Uue-Poltsamaa_vallakohus, lk 65
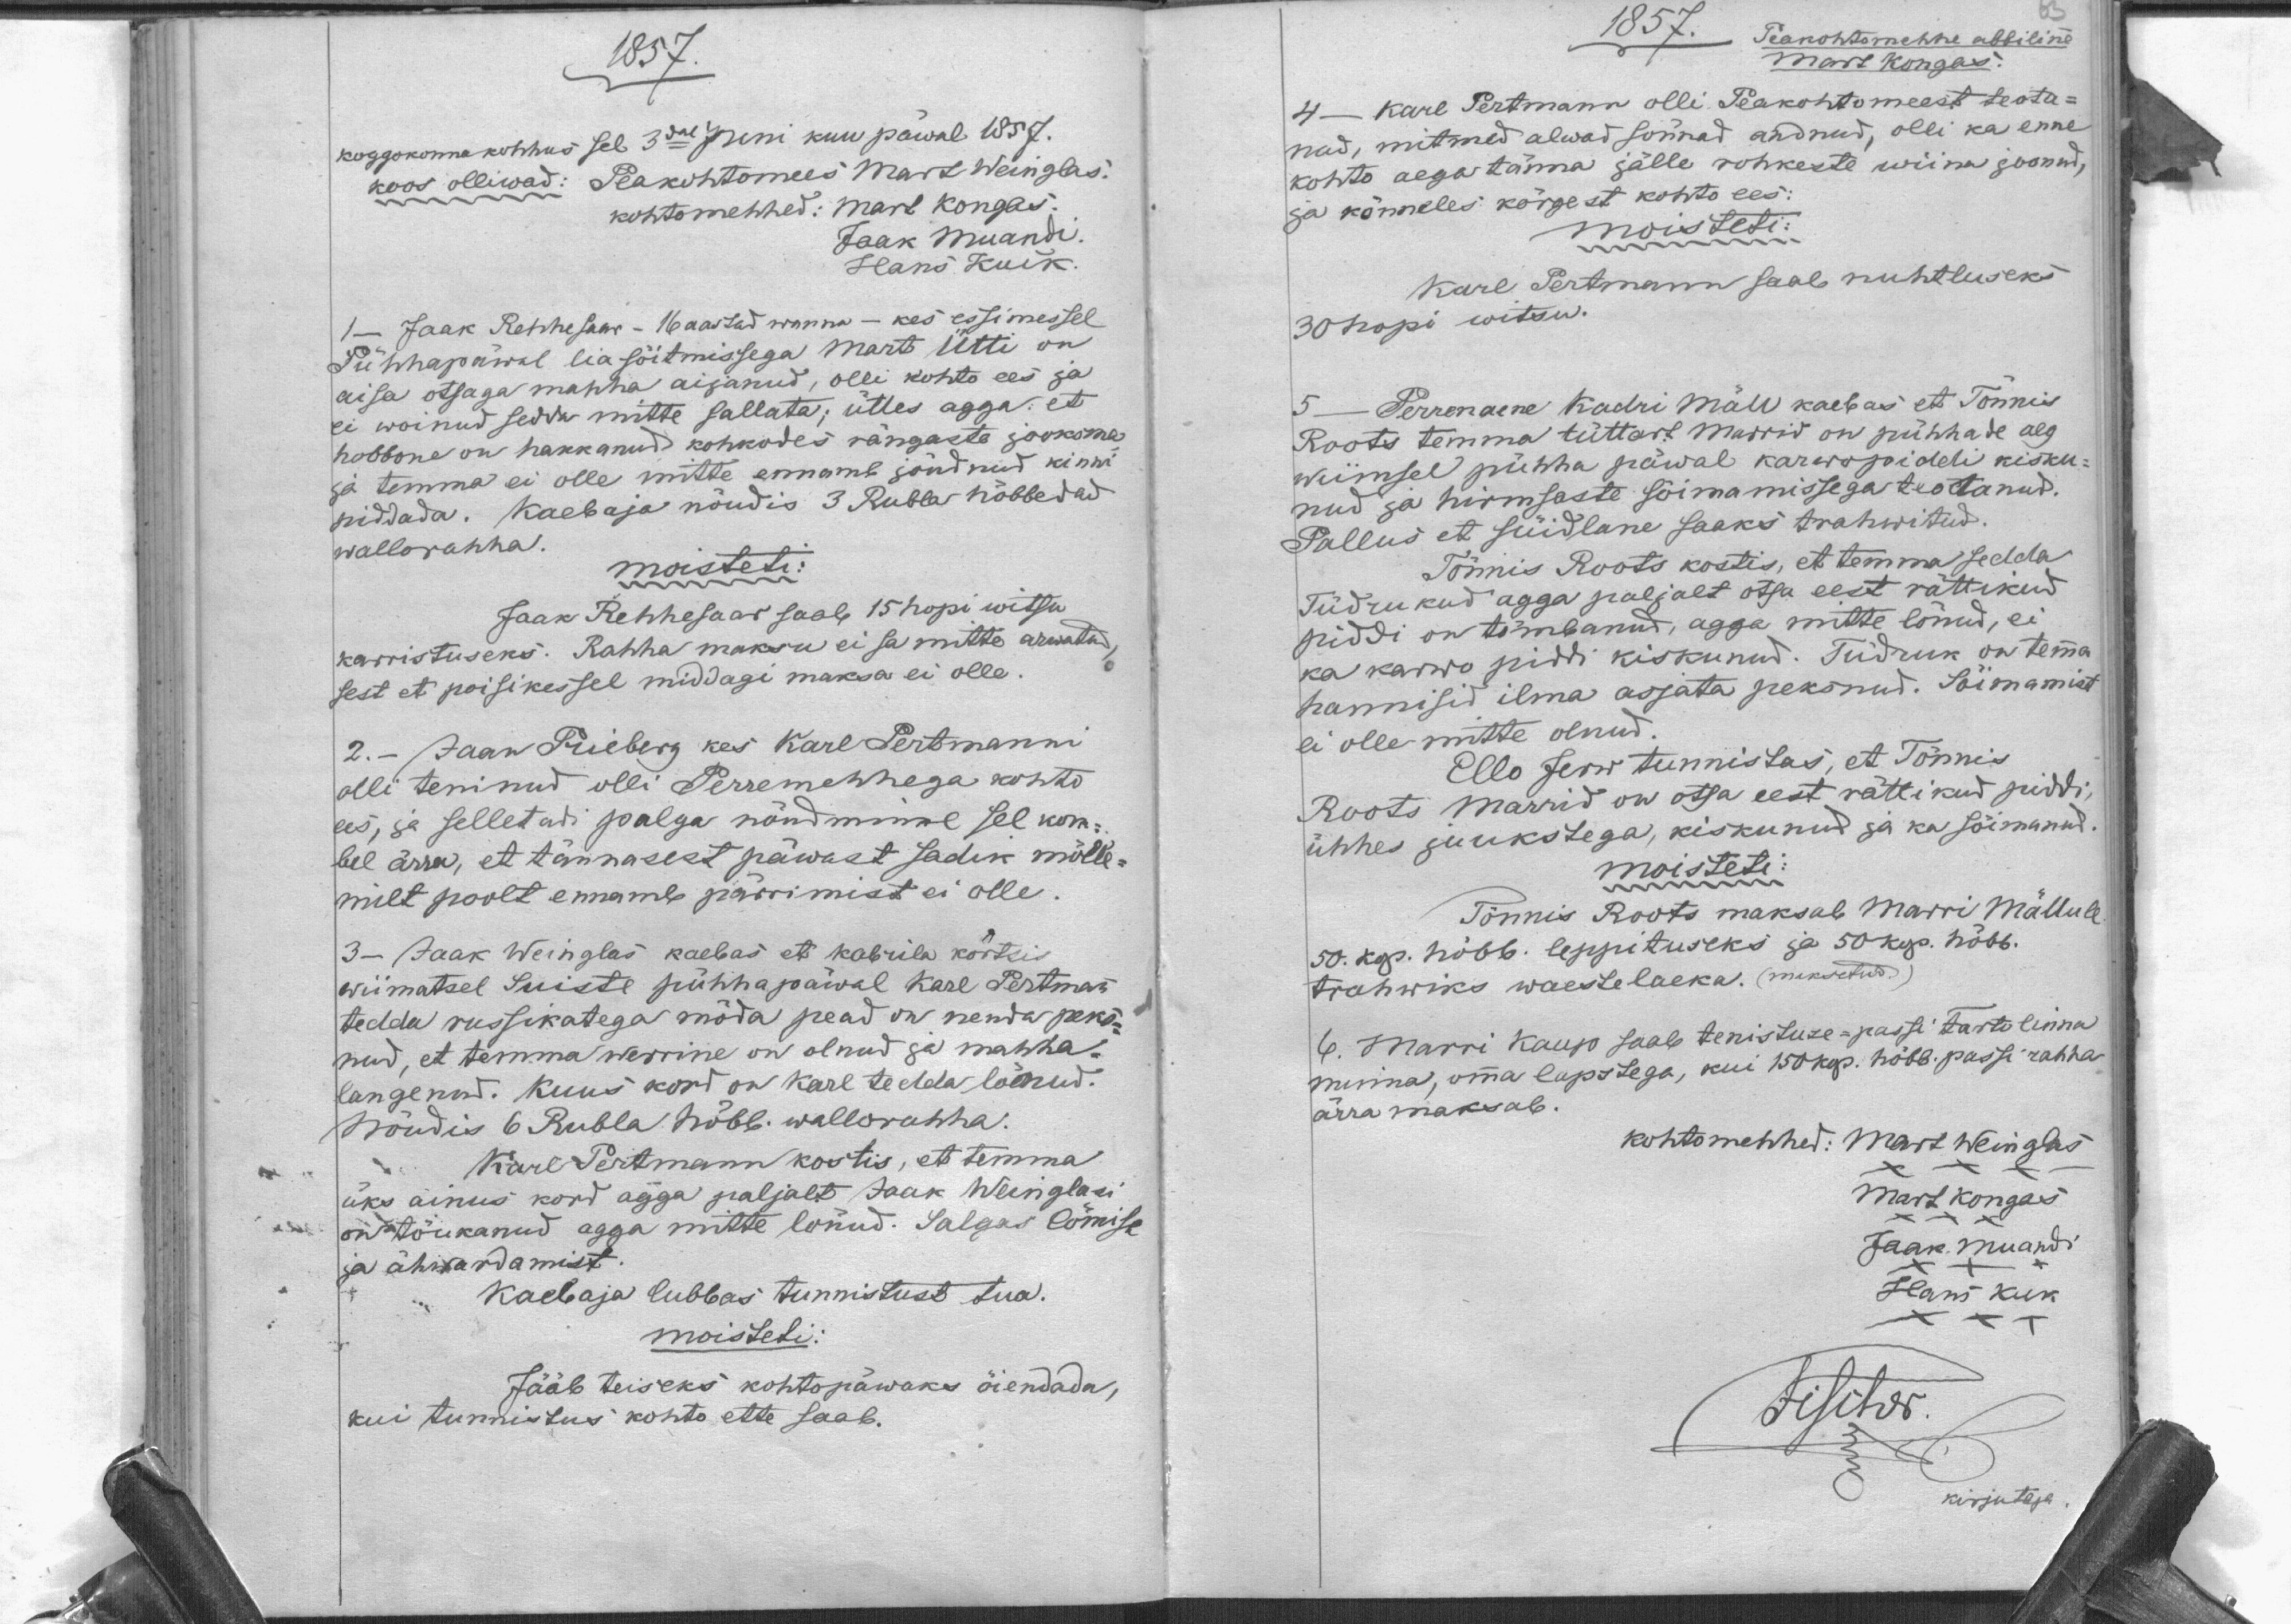
1857.
koggokonna kohhus sel 3dal Juni kuu päwal 1857.
koos olliwad: Peakohtomees Mart Weinglas.
kohtomehhed: Mart Kongas.
Jaak Muandi.
Hans Kuik
1 - Jaak Rehhesaar - 16 aastad wanna - kes essimessel
Pühhapäwal lia sõitmissega Mart Ütti on
aisa otsaga mahha aijanud, olli kohto ees ja
ei woinud sedda mitte sallata, ütles agga et
hobbone on hakkanud kohkodes rängaste jooksma
ja temma ei olle mitte ennamb jõudnud kinni
piddada. Kaebaja nõudis 3 Rubla hõbbedad
wallorahha.
moisteti:
Jaak Rehhesaar saab 15 hopi witsu
karristuseks. Rahha maksu ei sa mitte arwata
sest et poisikessel middagi maksa ei olle.
2.- Jaan Piieberg kes Karl Pertmanni
olli teninud olli Perremehhega kohto
ees, ja selletadi palga nõudmine sel kom-
bel ärra, et tännasest päwast sadik mõlle-
mile poolt ennamb pärrimist ei olle.
3- Jaak Weinglas kaebas et kabrila kõrtsis
wiimatsel suiste pühhapäwal Karl Pertmann
tedda russikatega möda pead on nenda peks-
nud, et temma werrine on olnud ja mahha-
langenud. Kuus kord on Karl tedda lõenud.
Nõudis 6 Rubla. hõbb. wallorahha.
Karl Pertmann kostis, et temma
üks ainus kord agga paljalt Jaak Weinglasi
on tõukanud agga mitte lõnud. Salgas lõmist
ja ähwardamist.
Kaebaja lubbas tunnistust tua.
moisteti:
Jääb teiseks kohtopäwaks õiendada,
kui tunnistus kohto ette saab.

1857.
Peakohtomehhe abbiline
Mart Kongas.
4- Karl Pertmann olli Peakohtomeest teota-
nud, mitmed alwad sõnnad andnud, olli ka enne
kohto aega tänna jälle rohkeste wiina joonud,
ja kõnneles kõrgest kohto ees
moisteti:
Karl Pertmann saab nuhtluseks
30 hopi witsu.
Perrenaene Kadri Mäll kaebas et Tönnis
5
Roots temma tüttart Marrid on pühhade aeg
wiimsel pühha päwal karwopiddi kisku-
nud ja hirmsaste sõimamissega teotanud.
Pallus et süidlane saaks trahwitud.
Tönnis Roots kostis, et temma sedda
Tüdrukud agga paljalt otsa eest rättikud
piddi on tõmbanud agga mitte lönud, ei
ka karwo piddi kiskunud. Tüdruk on temma
hannisid ilma asjata peksnud. Sõimamist
ei olle mitte olnud.
Ello Jerw tunnistas, et Tönnis
Roots Marrid on otsa eest rättikud piddi
ühhes juukstega, kiskunud ja ka sõimanud.
moisteti:
Tönnis Roots maksab Marri Mällule
50. kop. hõbb. leppituseks ja 50 kop. hõbb.
Trahwiks waestelaeka. (maksetud)
6. Marri Kaup saab tenistuse-passi Tarto linna
minna, omma lapsdega, kui 150 kop. hõbb. passi rahha
ärra maksab.
kohtomehhed:
Mart Weinglas
Mart Kongas
Jaak Muandi
Hans Kuk
Kirjutaja.